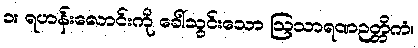
၁။ ရဟန်းလောင်းကို ခေါ်သွင်းသော ဩသာရဏဉတ္တိကံ၊